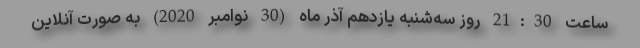
ساعت 21:30 روز سه‌شنبه یازدهم آذر ماه (30 نوامبر 2020) به صورت آنلاین